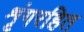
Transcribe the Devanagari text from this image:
शृंगरहित